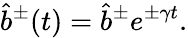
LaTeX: \hat{b}^{\pm}(t)=\hat{b}^{\pm}e^{\pm\gamma t}.